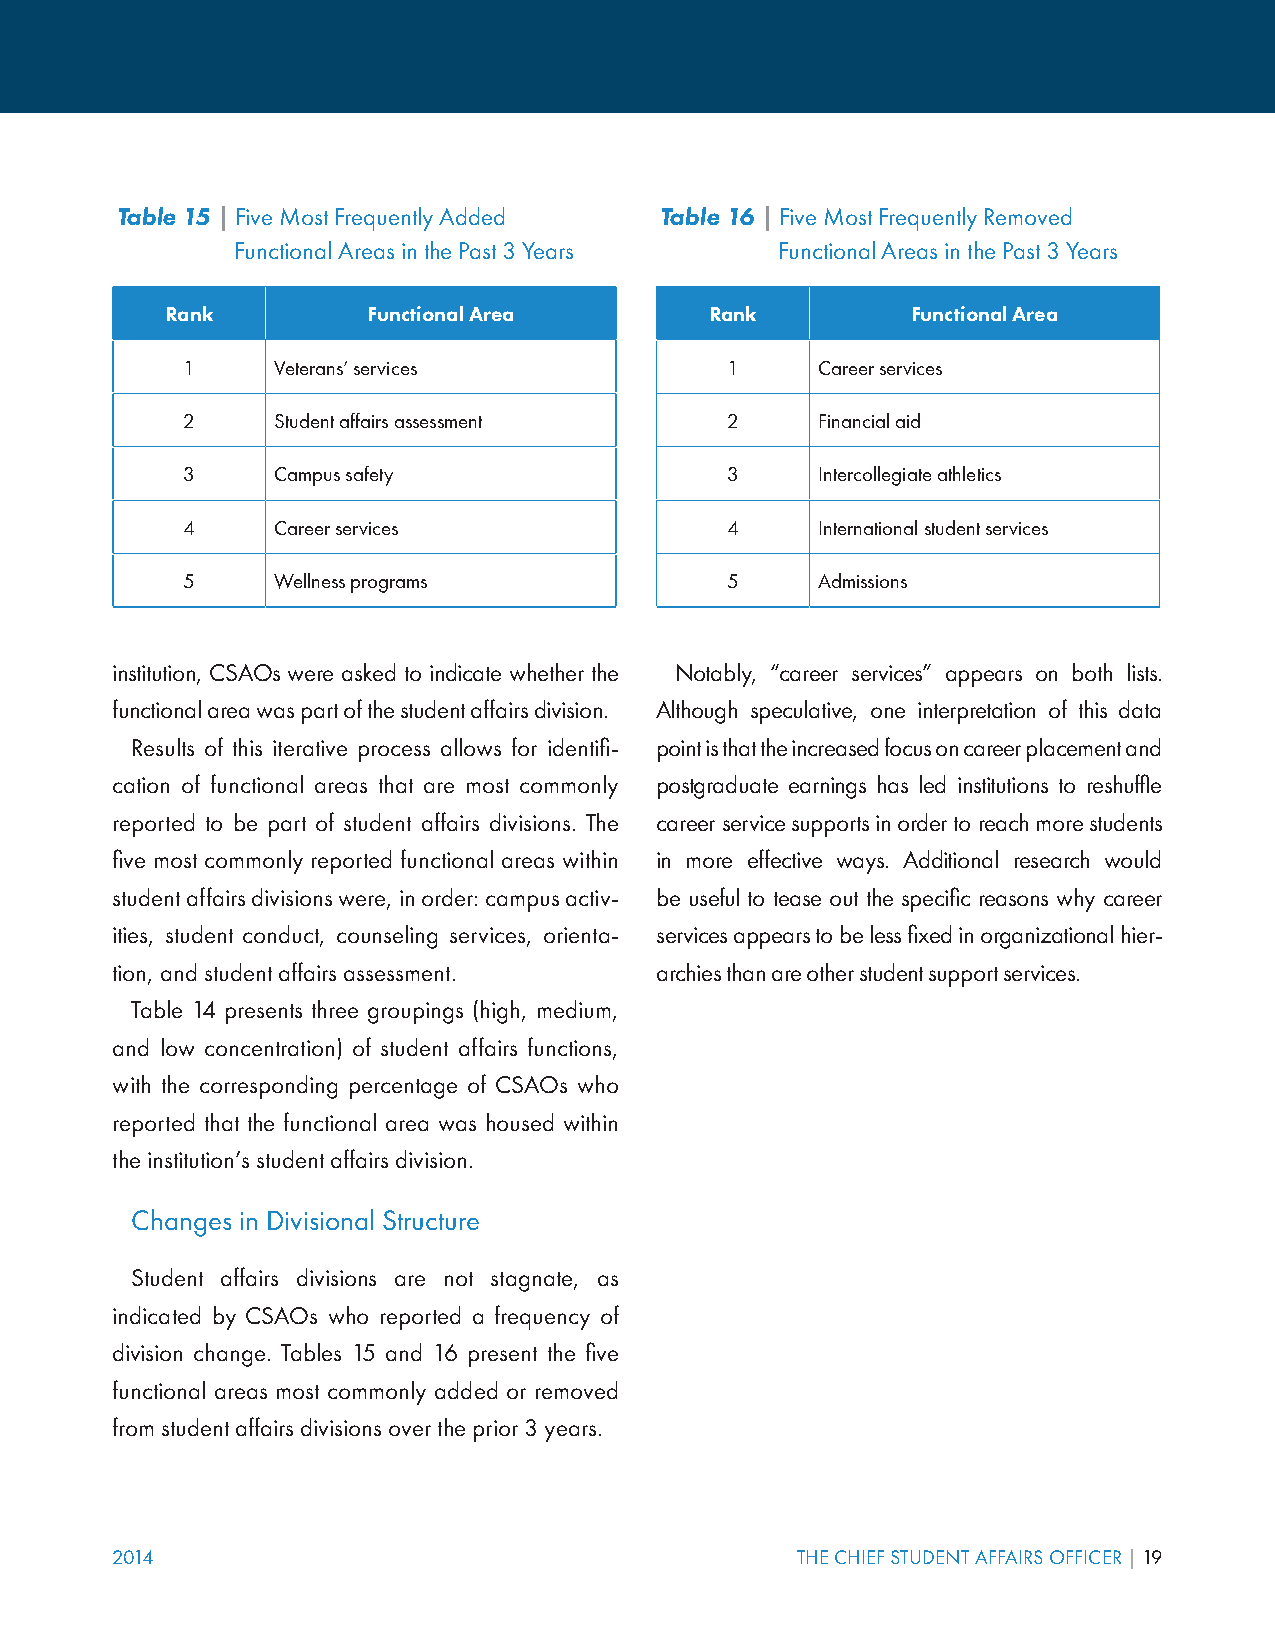
Table 15 | Five Most Frequently Added Table 16 | Five Most Frequently Removed
 Functional Areas in the Past 3 Years Functional Areas in the Past 3 Years
 Rank         Functional Area        Rank         Functional Area
 1     Veterans’ services            1     Career services
 2     Student affairs assessment    2     Financial aid
 3     Campus safety                 3     Intercollegiate athletics
 4     Career services               4     International student services
 5     Wellness programs             5     Admissions
 institution, CSAOs were asked to indicate whether the Notably, “career services” appears on both lists.
 functional area was part of the student affairs division. Although speculative, one interpretation of this data
 Results of this iterative process allows for identifi- point is that the increased focus on career placement and
 cation of functional areas that are most commonly postgraduate earnings has led institutions to reshuffle
 reported to be part of student affairs divisions. The career service supports in order to reach more students
 five most commonly reported functional areas within in more effective ways. Additional research would
 student affairs divisions were, in order: campus activ- be useful to tease out the specific reasons why career
 ities, student conduct, counseling services, orienta- services appears to be less fixed in organizational hier-
 tion, and student affairs assessment. archies than are other student support services.
 Table 14 presents three groupings (high, medium,
 and low concentration) of student affairs functions,
 with the corresponding percentage of CSAOs who
 reported that the functional area was housed within
 the institution’s student affairs division.
 Changes in Divisional Structure
 Student affairs divisions are not stagnate, as
 indicated by CSAOs who reported a frequency of
 division change. Tables 15 and 16 present the five
 functional areas most commonly added or removed
 from student affairs divisions over the prior 3 years.
 2014                                          THE CHIEF STUDENT AFFAIRS OFFICER | 19